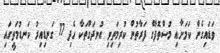
ވަޑައިގެން ކަމަށާއި މުސްތޮފާގެ ފަރާތުން ކުރިމަތިވި އުނދަގޫތަކާ ހެދި 17 ގަނޑިއިރު ކަނޑުމަތީގައި